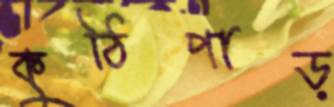
কুঠিপাড়